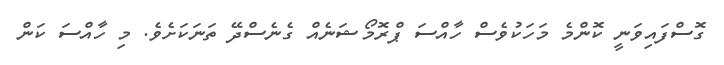
ގޮސްފައިވަނީ ކޮންމެ މަހަކުވެސް ހާއްސަ ޕްރޮމޯޝަނެއް ގެނެސްދޭ ތަނަކަށެވެ. މި ހާއްސަ ކަން